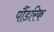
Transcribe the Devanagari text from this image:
पौंडरिक